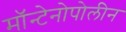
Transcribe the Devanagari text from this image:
मॉन्टेनोपोलीन